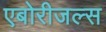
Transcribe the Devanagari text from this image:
एबोरीजल्स